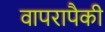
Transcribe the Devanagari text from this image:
वापरापैकी